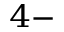
^ { 4 - }